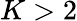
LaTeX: K>2